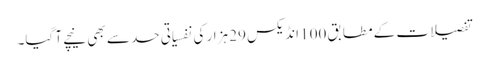
تفصیلات کے مطابق 100 انڈیکس 29 ہزار کی نفسیاتی حد سے بھی نیچے آ گیا۔